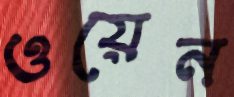
ওয়েন